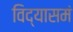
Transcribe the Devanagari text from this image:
विद्यासमं